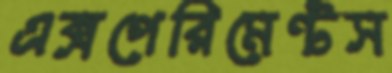
এক্সপেরিমেন্টস